Leaving Certificate Examination, 1920
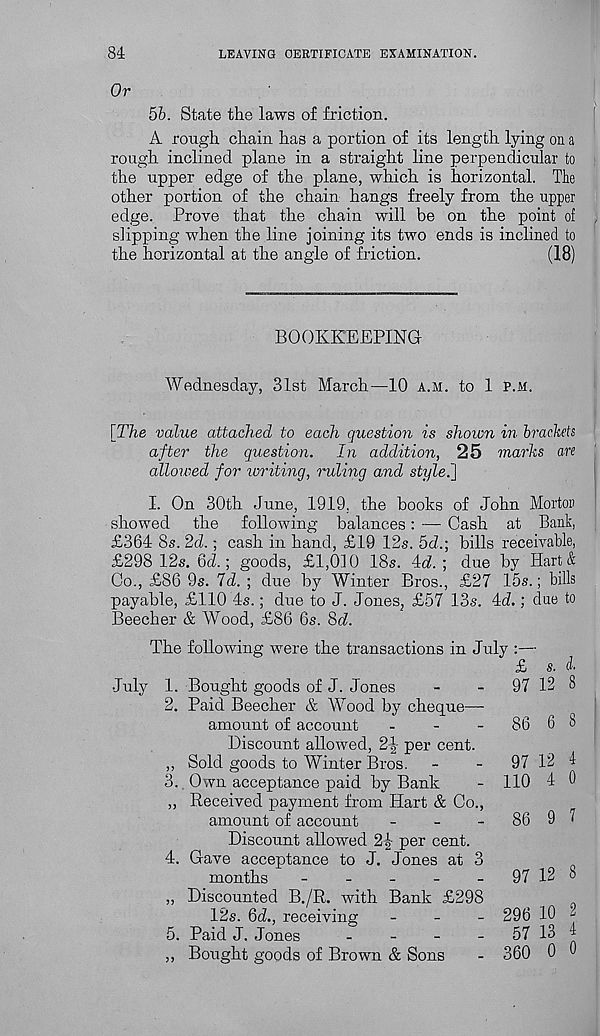
84
LEAVING CERTIFICATE EXAMINATION.
Or
56. State the laws of friction.
A rough chain has a portion of its length lying on a
rough inclined plane in a straight line perpendicular to
the upper edge of the plane, which is horizontal. The
other portion of the chain hangs freely from the upper
edge. Prove that the chain will be on the point of
slipping when the line joining its two ends is inclined to
the horizontal at the angle of friction.
(18)
BOOKKEEPING
Wednesday, 31st March—10 a.m. to 1 p.m.
[The value attached to each question is shown in brackets
after the question. In addition, 25 marks are
allowed for writing, ruling and style.'}
I. On 30th June, 1919. the books of John Morton
showed the following balances: —• Cash at Bank,
£364 8s. 2d.; cash in hand, £19 12s. 5d.; bills receivable,
£298 12s. 6d.; goods, £1,010 18s. Id. ; due by Hart &
Co., £86 9s. Id. ; due by Winter Bros., £27 15s.; bills
payable, £110 4s.; due to J. JoneSj £57 13s. 4<f.; due to
Beecher & Wood, £86 6s. Sd.
The following were the transactions in July :—
£ s. I
July 1. Bought goods of J. Jones
-
-
97 12 8
2. Paid Beecher & Wood by cheque—
amount of account
-
-
-
86 6 k
Discount allowed, 2^ per cent.
,, Sold goods to Winter Bros.
-
-
97 12 1
3. Own acceptance paid by Bank
- 110 4 0
,, Received payment from Hart & Co.,
amount of account
-
-
-
86 9 1
Discount allowed 2-§- per cent.
4. Gave acceptance to J. Jones at 3
months
-
-
-
-
_
97 12 8
„ Discounted B./R. with Bank £298
12s. 6d., receiving
_
_
_ 296 10 2
5. Paid J. Jones
-
-
-
-
57 13 4
,, Bought goods of Brown & Sons
- 360 0 0